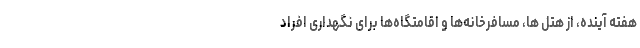
هفته آینده، از هتل ها، مسافرخانه‌ها و اقامتگاه‌ها برای نگهداری افراد